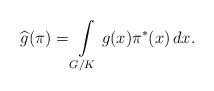
LaTeX: \begin{align*}\widehat{g}(\pi)=\int\limits_{G/K}g(x)\pi^*(x)\,dx.\end{align*}